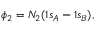
\phi _ { 2 } = N _ { 2 } ( 1 s _ { A } - 1 s _ { B } ) ,